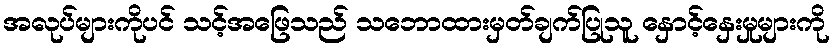
အလုပ်များကိုပင် သင့်အဖြေသည် သဘောထားမှတ်ချက်ပြုသူ နှောင့်နှေးမှုများကို